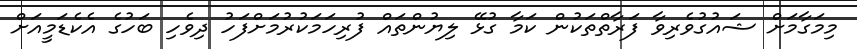
މިމަގާމަށް ޝައުގުވެރިވާ ފަރާތްތަކުން ކަމާ ގުޅޭ ލިޔުންތައް ފުރިހަމަކުރުމަށްފަހު ދިވެހި ބަހުގެ އެކެޑަމީއަށް